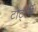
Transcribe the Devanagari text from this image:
टोर्ट्ली